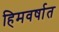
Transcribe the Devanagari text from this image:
हिमवर्षात